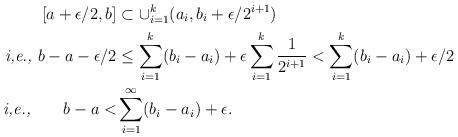
LaTeX: \begin{align*} [a+\epsilon/2,b]&\subset\cup_{i=1}^{k}(a_{i},b_{i}+\epsilon/2^{i+1})\\\textit{i,e.,}~b-a-\epsilon/2&\leq \sum_{i=1}^{k}(b_{i}-a_{i})+\epsilon\sum_{i=1}^{k}\frac{1}{2^{i+1}}<\sum_{i=1}^{k}(b_{i}-a_{i})+\epsilon/2\\\textit{i,e.,}~~~~~~b-a<&\sum_{i=1}^{\infty}(b_{i}-a_{i})+\epsilon.\end{align*}